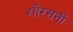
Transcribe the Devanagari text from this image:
शौरसनी